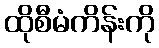
ထိုစီမံကိန်းကို